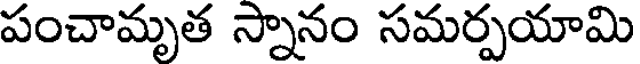
పంచామృత స్నానం సమర్పయామి